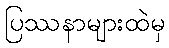
ပြဿနာများထဲမှ